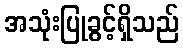
အသုံးပြုခွင့်ရှိသည်